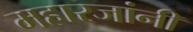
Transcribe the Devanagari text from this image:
महारजांनी